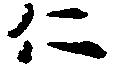
仁